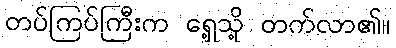
တပ်ကြပ်ကြီးက ရှေ့သို့ တက်လာ၏။